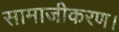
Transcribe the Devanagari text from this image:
सामाजीकरण।